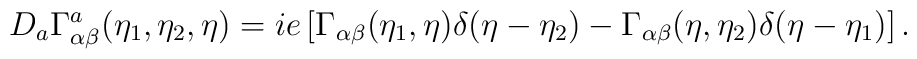
D_{a} \Gamma^{a}_{\alpha \beta}(\eta_{1},\eta_{2},\eta) = ie		\left[ \Gamma_{\alpha \beta}(\eta_{1},\eta) \delta(\eta - \eta_{2}) -			\Gamma_{\alpha \beta}(\eta,\eta_{2}) \delta(\eta - \eta_{1}) \right].